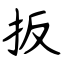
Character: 扳